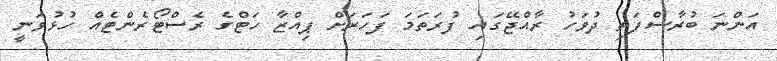
އަންނަ ބުރާސްފަތި ދުވަހު ރާއްޖޭގައި ފުރަތަމަ ފަހަރަށް ޕިއްޒާ ހަޓްގެ ރެސްޓޯރެންޓެއް ހުޅުވަނީ